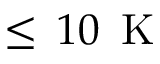
\leq \, 1 0 \, \mathrm { ~ K ~ }